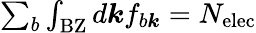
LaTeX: \begin{array}{r}{\sum_{b}\int_{\mathrm{BZ}}d\boldsymbol kf_{b\boldsymbol k}=N_{\mathrm{elec}}}\end{array}